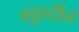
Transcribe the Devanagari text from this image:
ब्लूस्टीन